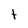
Character: t